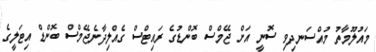
މައުލޫމާތު މުއްސަނދިވި ސޮނީ އަށް ޖޭމްސް ބޮންޑުގެ ރައިޓްސް ގެއްލިދާނެޖޭމްސް ބޮންޑް އިޓަލީގެ